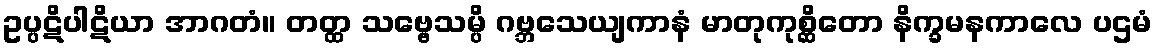
ဥပ္ပဋိပါဋိယာ အာဂတံ။ တတ္ထ သဗ္ဗေသမ္ပိ ဂဗ္ဘသေယျကာနံ မာတုကုစ္ဆိတော နိက္ခမနကာလေ ပဌမံ